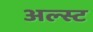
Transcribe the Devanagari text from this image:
अल्स्ट